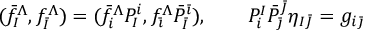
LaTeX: ( \bar { f } _ { I } ^ { \Lambda } , f _ { \bar { I } } ^ { \Lambda } ) = ( \bar { f } _ { i } ^ { \Lambda } P _ { I } ^ { i } , f _ { \bar { \imath } } ^ { \Lambda } \bar { P } _ { \bar { I } } ^ { \bar { \imath } } ) , \quad \quad P _ { i } ^ { I } \bar { P } _ { \bar { \jmath } } ^ { \bar { J } } \eta _ { I \bar { J } } = g _ { i \bar { \jmath } }